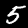
Label: 5